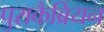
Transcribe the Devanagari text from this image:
पुराकैब्रियन